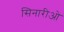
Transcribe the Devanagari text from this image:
सिनारीओ